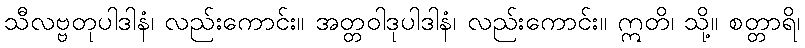
သီလဗ္ဗတုပါဒါနံ၊ လည်းကောင်း။ အတ္တဝါဒုပါဒါနံ၊ လည်းကောင်း။ ဣတိ၊ သို့။ စတ္တာရိ၊